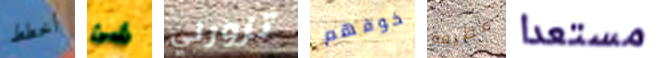
أخطط شئ تزورني خوفهم عظيمه مستعدا